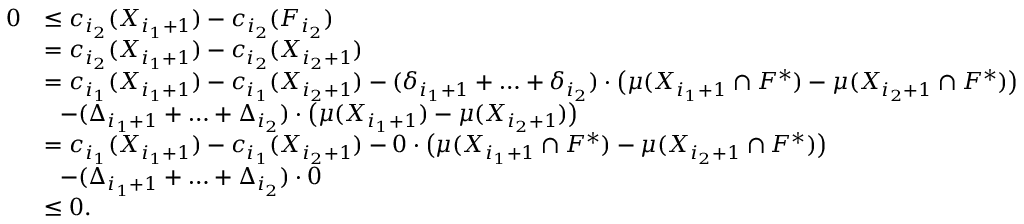
\begin{array} { r l } { 0 } & { \le c _ { i _ { 2 } } ( X _ { i _ { 1 } + 1 } ) - c _ { i _ { 2 } } ( F _ { i _ { 2 } } ) } \\ { } & { = c _ { i _ { 2 } } ( X _ { i _ { 1 } + 1 } ) - c _ { i _ { 2 } } ( X _ { i _ { 2 } + 1 } ) } \\ { } & { = c _ { i _ { 1 } } ( X _ { i _ { 1 } + 1 } ) - c _ { i _ { 1 } } ( X _ { i _ { 2 } + 1 } ) - ( \delta _ { i _ { 1 } + 1 } + \ldots + \delta _ { i _ { 2 } } ) \cdot \big ( \mu ( X _ { i _ { 1 } + 1 } \cap F ^ { * } ) - \mu ( X _ { i _ { 2 } + 1 } \cap F ^ { * } ) \big ) } \\ { } & { ~ ~ - ( \Delta _ { i _ { 1 } + 1 } + \ldots + \Delta _ { i _ { 2 } } ) \cdot \big ( \mu ( X _ { i _ { 1 } + 1 } ) - \mu ( X _ { i _ { 2 } + 1 } ) \big ) } \\ { } & { = c _ { i _ { 1 } } ( X _ { i _ { 1 } + 1 } ) - c _ { i _ { 1 } } ( X _ { i _ { 2 } + 1 } ) - 0 \cdot \big ( \mu ( X _ { i _ { 1 } + 1 } \cap F ^ { * } ) - \mu ( X _ { i _ { 2 } + 1 } \cap F ^ { * } ) \big ) } \\ { } & { ~ ~ - ( \Delta _ { i _ { 1 } + 1 } + \ldots + \Delta _ { i _ { 2 } } ) \cdot 0 } \\ { } & { \le 0 . } \end{array}